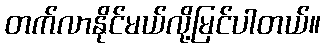
တက်လာနိုင်မယ်လို့မြင်ပါတယ်။